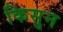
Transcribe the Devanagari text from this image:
किसुन